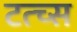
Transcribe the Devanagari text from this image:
टत्च्स